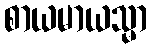
စာယမာယသ္မာ